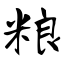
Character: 粮